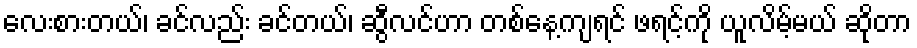
လေးစားတယ်၊ ခင်လည်း ခင်တယ်၊ ဆွီလင်ဟာ တစ်နေ့ကျရင် ဖရင့်ကို ယူလိမ့်မယ် ဆိုတာ